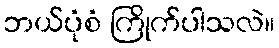
ဘယ်ပုံစံ ကြိုက်ပါသလဲ။